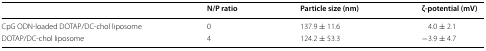
<table><thead><tr><td></td><td><b>N/P ratio</b></td><td><b>Particle size (nm)</b></td><td><b>ζ-potential (mV)</b></td></tr></thead><tbody><tr><td>CpG ODN-loaded DOTAP/DC-chol liposome</td><td>0</td><td>137.9 ± 11.6</td><td>4.0 ± 2.1</td></tr><tr><td>DOTAP/DC-chol liposome</td><td>4</td><td>124.2 ± 53.3</td><td>−3.9 ± 4.7</td></tr></tbody></table>